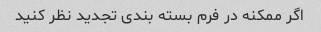
اگر ممکنه در فرم بسته بندی تجدید نظر کنید